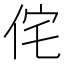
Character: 侘